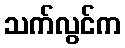
သက်လွင်က